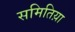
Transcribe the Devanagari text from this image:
समितिय़ा